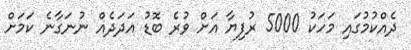
ދެއްކުމުގައި މަހަކު 5000 ރުފިޔާ އަށް ވުރެ ބޮޑު އަދަދެއް ނުނަގާނެ ކަމަށް